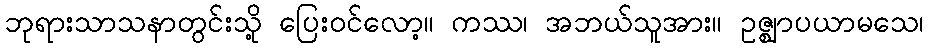
ဘုရားသာသနာတွင်းသို့ ပြေးဝင်လော့။ ကဿ၊ အဘယ်သူအား။ ဥဇ္ဈာပယာမသေ၊